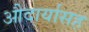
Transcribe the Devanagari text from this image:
औदार्यासह